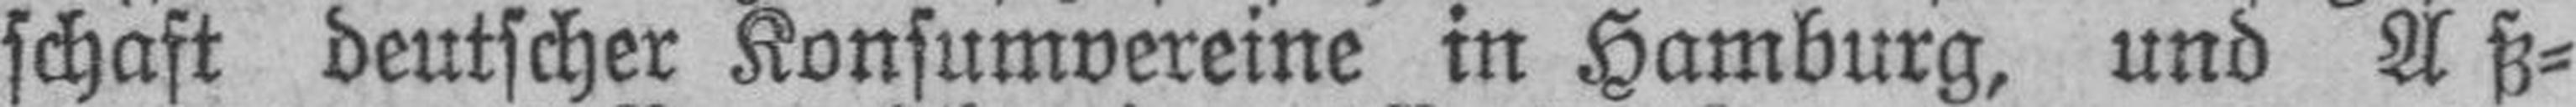
schaft deutscher Konsumvereine in Hamburg, und Aß¬